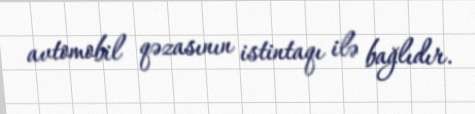
avtomobil qəzasının istintaqı ilə bağlıdır.